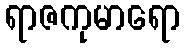
ရာဇကုမာရော